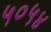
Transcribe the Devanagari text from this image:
५०५४